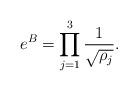
LaTeX: \begin{align*} e^{B}=\prod_{j=1}^{3}\frac{1}{\sqrt{\rho_j}}.\end{align*}